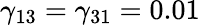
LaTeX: \gamma_{13}=\gamma_{31}=0.01